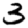
Digit: 3